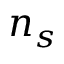
n _ { s }